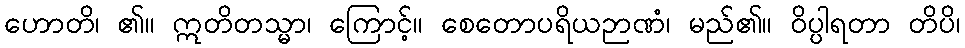
ဟောတိ၊ ၏။ ဣတိတသ္မာ၊ ကြောင့်။ စေတောပရိယဉာဏံ၊ မည်၏။ ဝိပ္ပါရတာ တိပိ၊